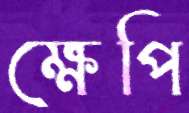
ক্ষেপি